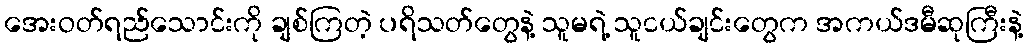
အေးဝတ်ရည်သောင်းကို ချစ်ကြတဲ့ ပရိသတ်တွေနဲ့ သူမရဲ့ သူငယ်ချင်းတွေက အကယ်ဒမီဆုကြီးနဲ့